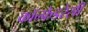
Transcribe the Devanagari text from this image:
कॉन्फेडरेसी